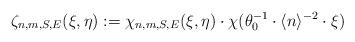
LaTeX: \begin{align*}\zeta_{n,m,S,E}(\xi,\eta):={\chi}_{n,m,S,E}(\xi,\eta)\cdot \chi(\theta_0^{-1}\cdot \langle n\rangle^{-2}\cdot \xi)\end{align*}